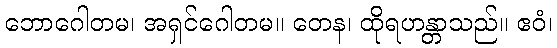
ဘောဂေါတမ၊ အရှင်ဂေါတမ။ တေန၊ ထိုရဟန္တာသည်။ ဧဝံ၊